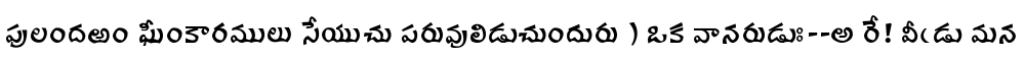
పులందఱం ఘీంకారములు సేయుచు పరువులిడుచుందురు ) ఒక వానరుడుః--అ రే! వీఁడు మన